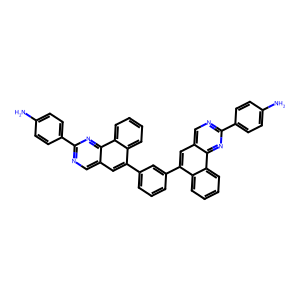
SMILES: Nc1ccc(-c2ncc3cc(-c4cccc(-c5cc6cnc(-c7ccc(N)cc7)nc6c6ccccc56)c4)c4ccccc4c3n2)cc1
Inhibits HIV replication: No